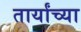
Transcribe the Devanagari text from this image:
तार्यांच्या